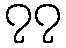
၇၇